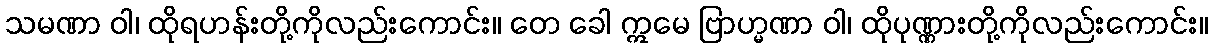
သမဏာ ဝါ၊ ထိုရဟန်းတို့ကိုလည်းကောင်း။ တေ ခေါ ဣမေ ဗြာဟ္မဏာ ဝါ၊ ထိုပုဏ္ဏားတို့ကိုလည်းကောင်း။